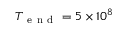
T _ { \mathrm { ~ e ~ n ~ d ~ } } = 5 \times 1 0 ^ { 8 }